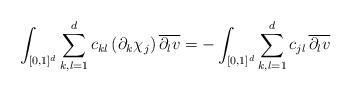
LaTeX: \begin{align*}\int_{[0,1]^d} \sum_{k,l=1}^d c_{kl} \, (\partial_k \chi_j) \, \overline{\partial_l v}= - \int_{[0,1]^d} \sum_{k,l=1}^d c_{jl} \, \overline{\partial_l v}\end{align*}